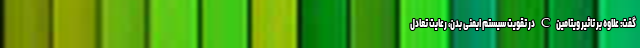
گفت: علاوه بر تاثیر ویتامین C در تقویت سیستم ایمنی بدن، رعایت تعادل